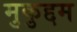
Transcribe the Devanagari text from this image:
मुकुद्दम